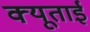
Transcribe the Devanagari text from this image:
क्यूताई